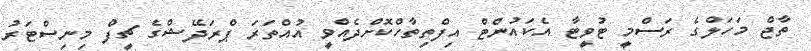
ތާޖް މަހަލްގެ ރަސްމީ ޓުވީޓާ އެކައުންޓް އިފްތިތާހްކޮށްދެއްވީ އުއްތަރަ ޕްރަދޭޝްގެ ޗީފް މިނިސްޓަރު